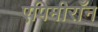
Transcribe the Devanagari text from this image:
एपिमीराँन